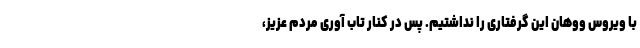
با ویروس ووهان این گرفتاری را نداشتیم. پس در کنار تاب آوری مردم عزیز،